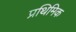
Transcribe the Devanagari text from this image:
प्रथिमिक